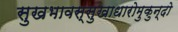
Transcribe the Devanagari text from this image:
सुखभावस्सुखाधारोमुकुन्दो